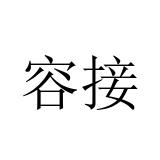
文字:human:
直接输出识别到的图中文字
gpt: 容接